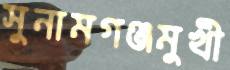
সুনামগঞ্জমুখী